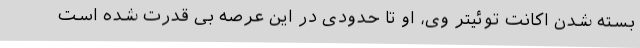
بسته شدن اکانت توئیتر وی، او تا حدودی در این عرصه بی قدرت شده است